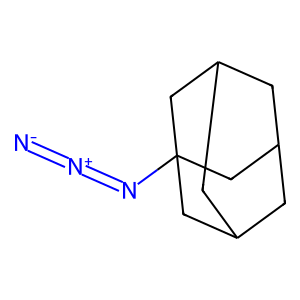
SMILES: [N-]=[N+]=NC12CC3CC(CC(C3)C1)C2
Inhibits HIV replication: No